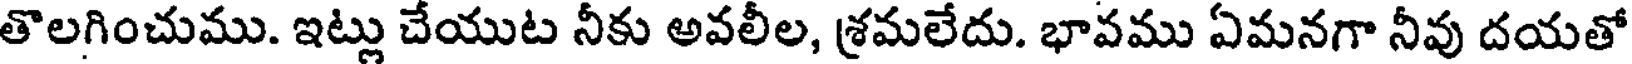
తొలగించుము. ఇట్లు చేయుట నీకు అవలీల, శ్రమలేదు. భావము ఏమనగా నీవు దయతో